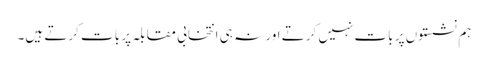
ہم نشستوں پر بات نہیں کرتے اور نہ ہی انتخابی مقابلہ پر بات کرتے ہیں۔